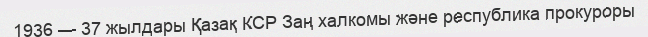
1936 — 37 жылдары Қазақ КСР Заң халкомы және республика прокуроры